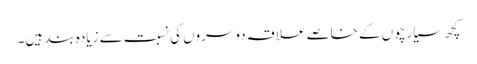
کچھ سیارچوں کے خاصے علاقہ دوسروں کی نسبت سے زیادہ بند ہیں۔